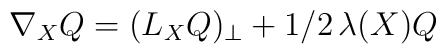
\nabla_X Q = (L_X Q)_\perp + 1/2 \, \lambda(X)Q